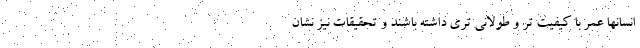
انسانها عمر با کیفیت تر و طولانی تری داشته باشند و تحقیقات نیز نشان